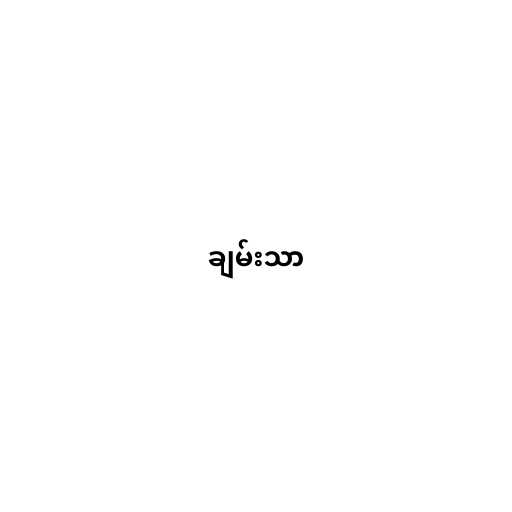
ချမ်းသာ